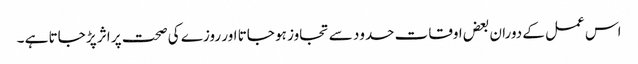
اس عمل کے دوران بعض اوقات حدود سے تجاوز ہو جاتا اور روزے کی صحت پر اثر پڑ جاتا ہے ۔